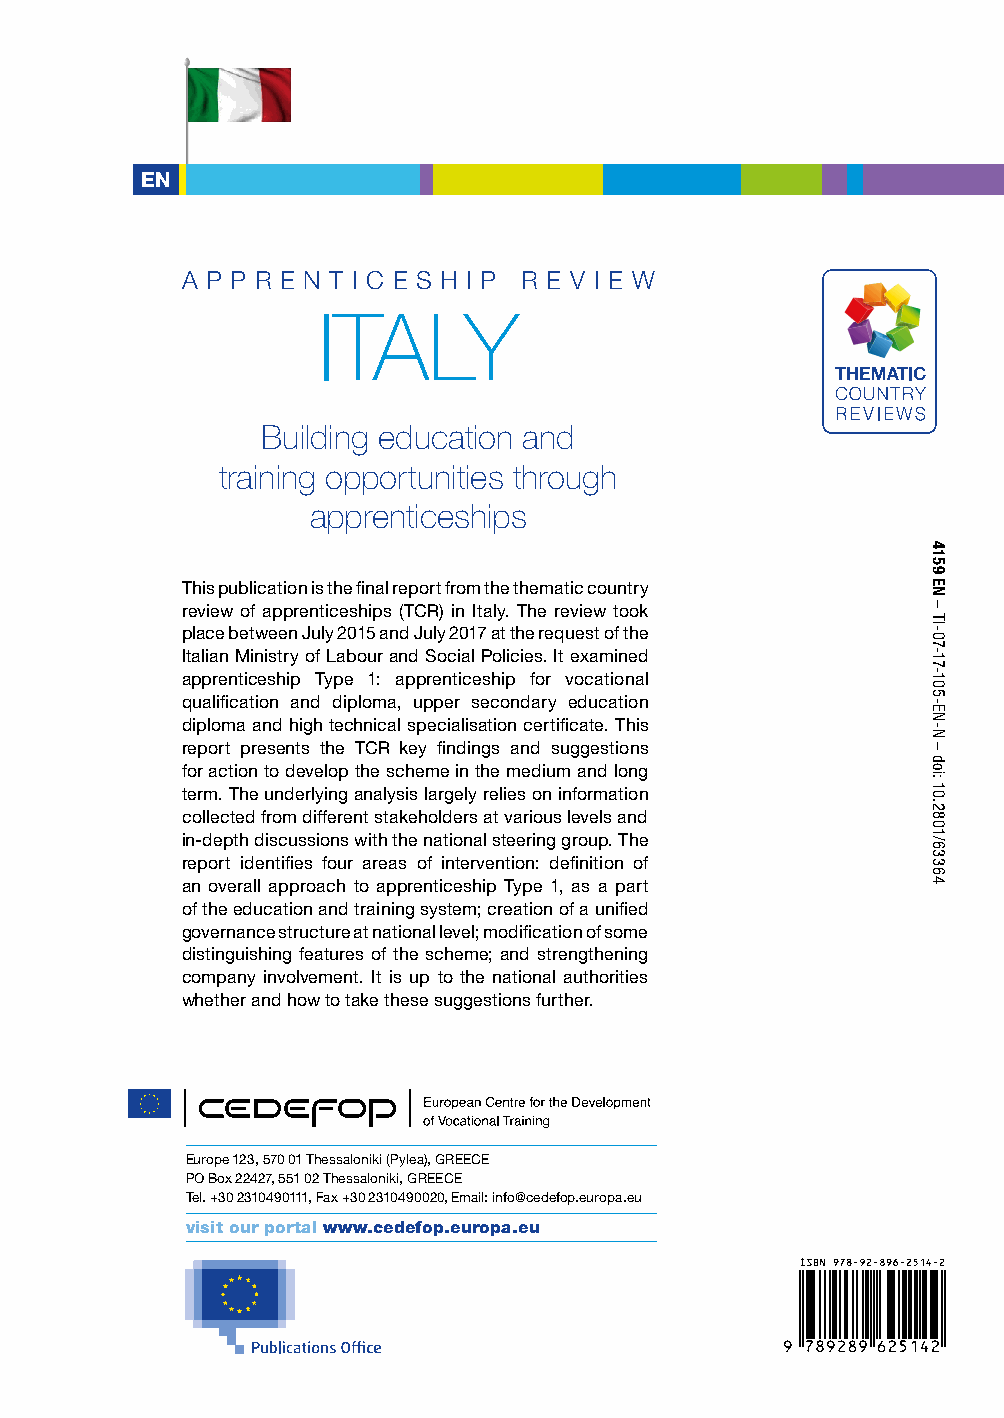
EENN
 A P P R E N T I C E S H I P R E V I E W
 ITALY
 Building education and
 training opportunities through
 apprenticeships
 This publication is the final report from the thematic country
 review of apprenticeships (TCR) in Italy. The review took
 place between July 2015 and July 2017 at the request of the
 Italian Ministry of Labour and Social Policies. It examined
 apprenticeship Type 1: apprenticeship for vocational
 qualification and diploma, upper secondary education
 diploma and high technical specialisation certificate. This
 report presents the TCR key findings and suggestions
 for action to develop the scheme in the medium and long
 term. The underlying analysis largely relies on information
 collected from different stakeholders at various levels and
 in-depth discussions with the national steering group. The
 report identifies four areas of intervention: definition of
 an overall approach to apprenticeship Type 1, as a part
 of the education and training system; creation of a unified
 governance structure at national level; modification of some
 distinguishing features of the scheme; and strengthening
 company involvement. It is up to the national authorities
 whether and how to take these suggestions further.
 Europe 123, 570 01 Thessaloniki (Pylea), GREECE
 PO Box 22427, 551 02 Thessaloniki, GREECE
 Tel. +30 2310490111, Fax +30 2310490020, Email: info@cedefop.europa.eu
 visit our portal www.cedefop.europa.eu
 4159
 EN
 –
 TI-07-17-105-EN-N
 –
 doi:
 10.2801/63364